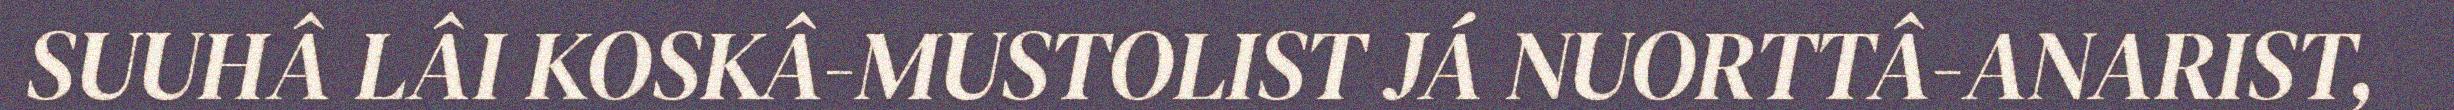
SUUHÂ LÂI KOSKÂ-MUSTOLIST JÁ NUORTTÂ-ANARIST,